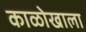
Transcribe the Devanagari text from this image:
काळोखाला